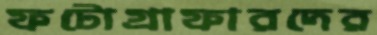
ফটোগ্রাফারদের